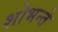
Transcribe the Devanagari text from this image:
शोभन्ते